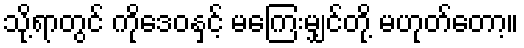
သို့ရာတွင် ကိုဒေဝနှင့် မကြေးမျှင်တို့ မဟုတ်တော့။